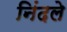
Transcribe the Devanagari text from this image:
निंदले